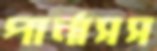
পার্নাসস